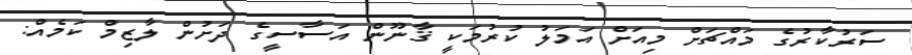
ސަރުކާރުގެ މައްޗަށް މިއަށް އަމަލު ކުރުމަކީ ޤާނޫން އަސާސީގެ ދަށުން ލާޒިމް ކަމެއް: